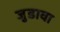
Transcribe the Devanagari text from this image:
जुडावा